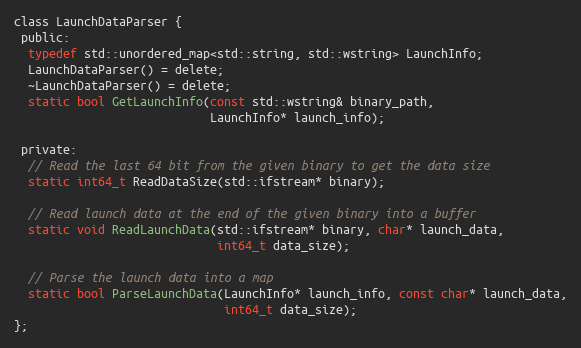
Language: C
class LaunchDataParser {
 public:
  typedef std::unordered_map<std::string, std::wstring> LaunchInfo;
  LaunchDataParser() = delete;
  ~LaunchDataParser() = delete;
  static bool GetLaunchInfo(const std::wstring& binary_path,
                            LaunchInfo* launch_info);

 private:
  // Read the last 64 bit from the given binary to get the data size
  static int64_t ReadDataSize(std::ifstream* binary);

  // Read launch data at the end of the given binary into a buffer
  static void ReadLaunchData(std::ifstream* binary, char* launch_data,
                             int64_t data_size);

  // Parse the launch data into a map
  static bool ParseLaunchData(LaunchInfo* launch_info, const char* launch_data,
                              int64_t data_size);
};